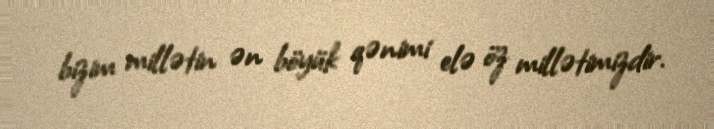
bizim millətin ən böyük qənimi elə öz millətimizdir.